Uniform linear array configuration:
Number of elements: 8
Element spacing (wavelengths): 0.5
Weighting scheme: blackman
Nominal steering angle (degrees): -60
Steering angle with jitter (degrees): -60.545
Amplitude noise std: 0.05
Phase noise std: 0.05

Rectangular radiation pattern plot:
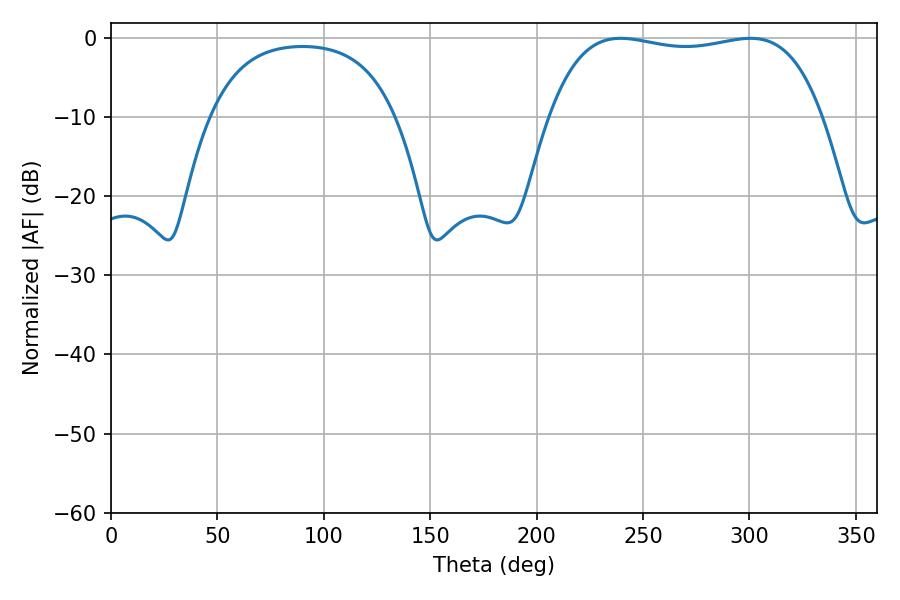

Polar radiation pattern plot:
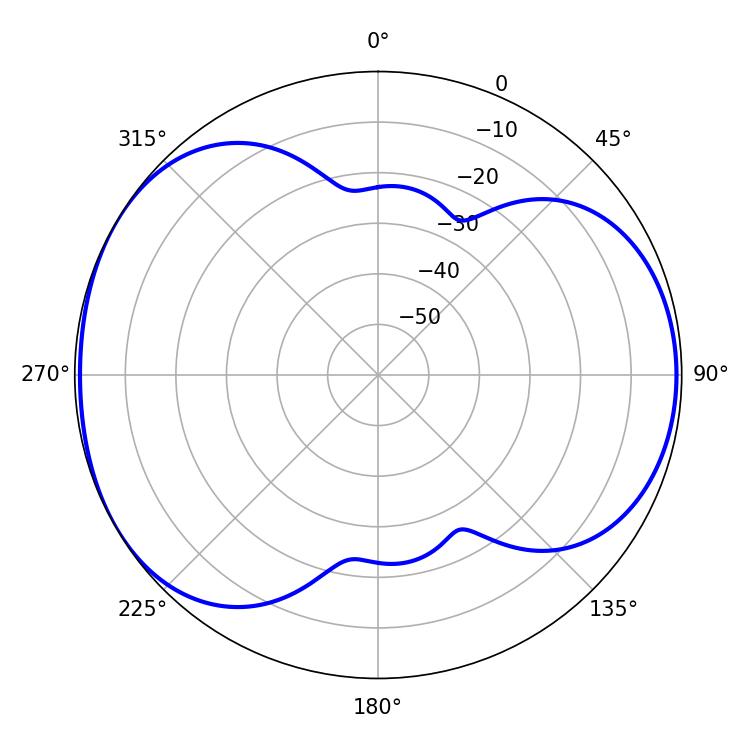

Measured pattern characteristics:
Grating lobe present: FALSE
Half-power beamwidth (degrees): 102.6
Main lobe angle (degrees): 239.4